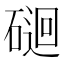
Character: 𥔯